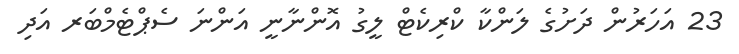
23 އަހަރުން ދަށުގެ ލަންކާ ކްރިކެޓް ލީގު އޮންނާނީ އަންނަ ސެޕްޓެމްބަރ އަދި